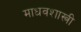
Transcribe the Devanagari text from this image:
माधवशास्त्री